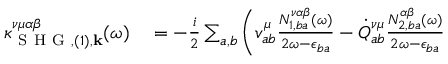
\begin{array} { r l } { \kappa _ { \mathrm { ~ S ~ H ~ G ~ } , ( 1 ) , \mathbf { k } } ^ { \nu \mu \alpha \beta } ( \omega ) } & { { } = - \frac { i } { 2 } \sum _ { a , b } \Bigg ( v _ { a b } ^ { \mu } \frac { N _ { 1 , b a } ^ { \nu \alpha \beta } ( \omega ) } { 2 \omega - \epsilon _ { b a } } - \dot { Q } _ { a b } ^ { \nu \mu } \frac { N _ { 2 , b a } ^ { \alpha \beta } ( \omega ) } { 2 \omega - \epsilon _ { b a } } } \end{array}